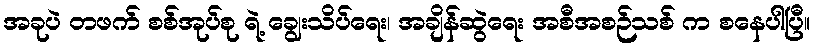
အခုပဲ တဖက် စစ်အုပ်စု ရဲ့ ချွေးသိပ်ရေး၊ အချိန်ဆွဲရေး အစီအစဉ်သစ် က စနေပါပြီ။